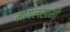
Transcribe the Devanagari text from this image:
मयिलसामी